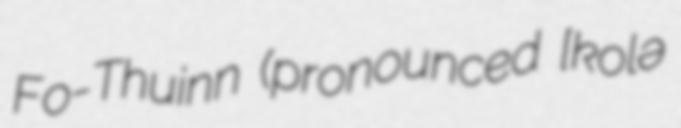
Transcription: Fo-Thuinn (pronounced [ˈkoːɾʲlʲə